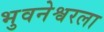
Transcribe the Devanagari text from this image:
भुवनेश्वरला